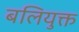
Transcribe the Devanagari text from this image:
बलियुक्त